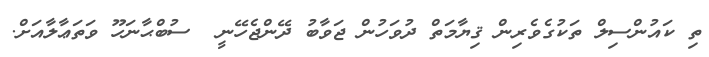
ތި ކައުންސިލް ތަކުގެވެރިން ޤިޔާމަތް ދުވަހުން ޖަވާބު ދޭންޖެހޭނީ  ސުބްޙާނަހޫ ވަތަޢާލާއަށް.